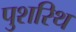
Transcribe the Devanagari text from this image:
पुशरिथ